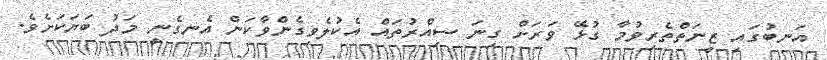
އަނބުގައި ޒީނަތްތެރިވުމާ ގުޅޭ ވަރަށް ގިނަ ސިއްރުތައް އެކުލެވިގެންވާކަން އެނގެނީ މަދު ބަޔަކަށެވެ.